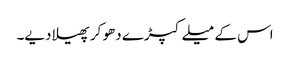
اس کے میلے کپڑے دھو کر پھیلا دیے۔